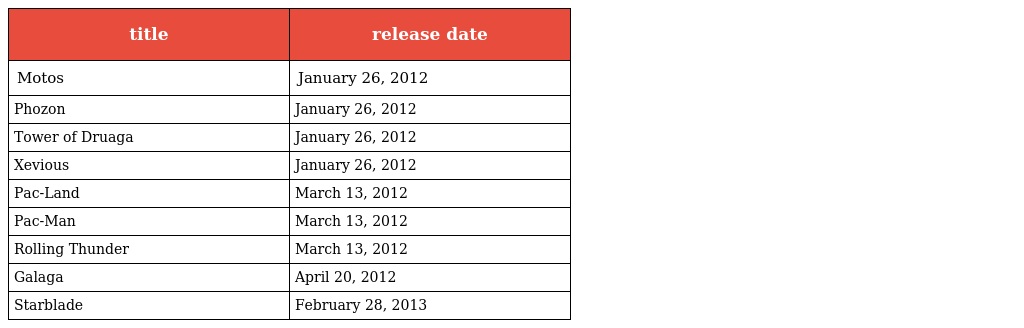
| title | release date |
 | --- | --- |
 | Motos | January 26, 2012 |
 | Phozon | January 26, 2012 |
 | Tower of Druaga | January 26, 2012 |
 | Xevious | January 26, 2012 |
 | Pac-Land | March 13, 2012 |
 | Pac-Man | March 13, 2012 |
 | Rolling Thunder | March 13, 2012 |
 | Galaga | April 20, 2012 |
 | Starblade | February 28, 2013 |